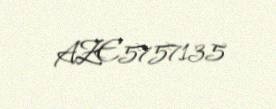
AZE5757135